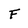
Character: F